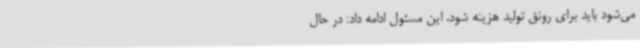
می‌شود باید برای رونق تولید هزینه شود. این مسئول ادامه داد: در حال